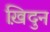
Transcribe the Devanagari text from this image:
ख़िदुन